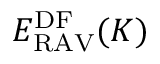
E _ { \mathrm { R A V } } ^ { \mathrm { D F } } ( K )